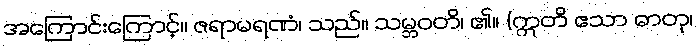
အကြောင်းကြောင့်။ ဇရာမရဏံ၊ သည်။ သမ္ဘဝတိ၊ ၏။ (ဣတိ ဧသာ ဓာတု၊